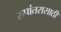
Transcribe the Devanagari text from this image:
रुपांतरासाठी